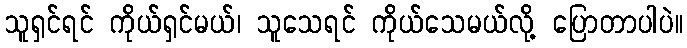
သူရှင်ရင် ကိုယ်ရှင်မယ်၊ သူသေရင် ကိုယ်သေမယ်လို့ ပြောတာပါပဲ။